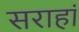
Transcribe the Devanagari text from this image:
सराहां